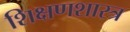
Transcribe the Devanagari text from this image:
शिक्षणशास्‍त्र